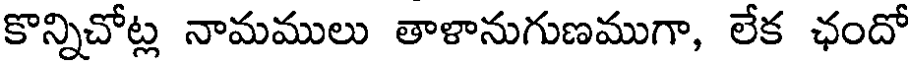
కొన్నిచోట్ల నామములు తాళానుగుణముగా, లేక ఛందో